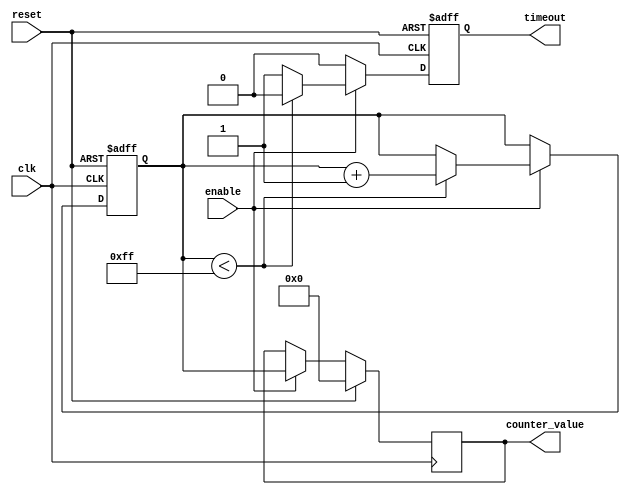
module memory_timeout_counter #(
    parameter N = 8,               // Number of bits for the counter
    parameter TIMEOUT_THRESHOLD = 255 // Predefined time-out threshold
) (
    input wire clk,                // Clock signal
    input wire reset,              // Asynchronous reset signal
    input wire enable,             // Enable signal to start counting
    output reg timeout,            // Time-out output signal
    output reg [N-1:0] counter_value // Current counter value (optional)
);

    // Internal counter
    reg [N-1:0] counter;

    // Asynchronous reset and counting logic
    always @(posedge clk or posedge reset) begin
        if (reset) begin
            // Reset logic
            counter <= 0;
            timeout <= 0;
        end else if (enable) begin
            // Increment the counter if enabled
            if (counter < TIMEOUT_THRESHOLD) begin
                counter <= counter + 1;
                timeout <= 0; // Keep timeout low while counting
            end else begin
                timeout <= 1; // Assert time-out if threshold is reached
            end
        end else begin
            // If not enabled, maintain current state
            timeout <= 0; // Ensure timeout is low when not enabled
        end
    end

    // Update counter_value for debugging purposes
    always @(posedge clk) begin
        if (reset) begin
            counter_value <= 0;
        end else if (enable) begin
            counter_value <= counter; // Capture the current count value
        end
    end

endmodule